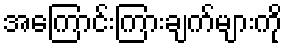
အကြောင်းကြားချက်များကို